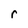
Character: r